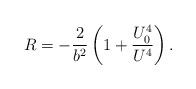
LaTeX: \begin{align*}R = -{2 \over b^2} \left( 1 + {U_0^4 \over U^4} \right).\end{align*}